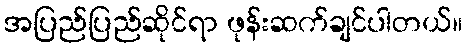
အပြည်ပြည်ဆိုင်ရာ ဖုန်းဆက်ချင်ပါတယ်။